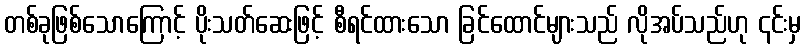
တစ်ခုဖြစ်သောကြောင့် ပိုးသတ်ဆေးဖြင့် စီရင်ထားသော ခြင်ထောင်များသည် လိုအပ်သည်ဟု ၎င်းမှ